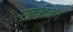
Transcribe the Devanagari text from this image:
समदिन्ग